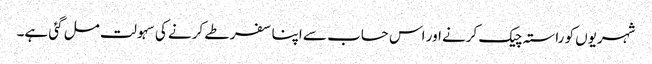
شہریوں کو راستہ چیک کرنے اور اس حساب سے اپنا سفر طے کرنے کی سہولت مل گئی ہے۔